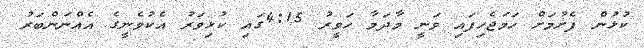
ކުޅުން ފެށުމަށް ހަަމަޖެހިފައި ވަނީ މާދަމާ ހަވީރު 4:15ގައި ކުޅިވަރު އެކުވެނީގެ އެއްނަންބަރު